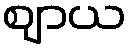
ဈာယ